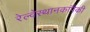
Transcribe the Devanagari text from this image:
रेल्वेस्थानकांपैकी